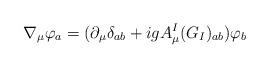
LaTeX: \begin{align*}\nabla_{\mu}\varphi_a = (\partial_{\mu}\delta_{ab}+ig A_{\mu}^I(G_I)_{ab}) \varphi_b\end{align*}